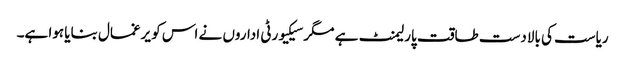
ریاست کی بالادست طاقت پارلیمنٹ ہے مگر سیکیورٹی اداروں نے اس کو یرغمال بنایا ہوا ہے۔